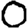
Digit: 0